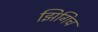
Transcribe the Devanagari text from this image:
झिगिच